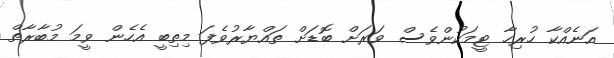
އަނެއްކާ ހުރިހާ ޓީމަކުންވެސް ވަރަށް ބޮޑަށް ތައްޔާރުވެފަ މިތިބީ އެހެން ވީމަ މުބާރާތް